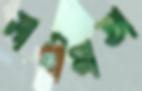
সাখীমাতা